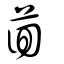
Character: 茴